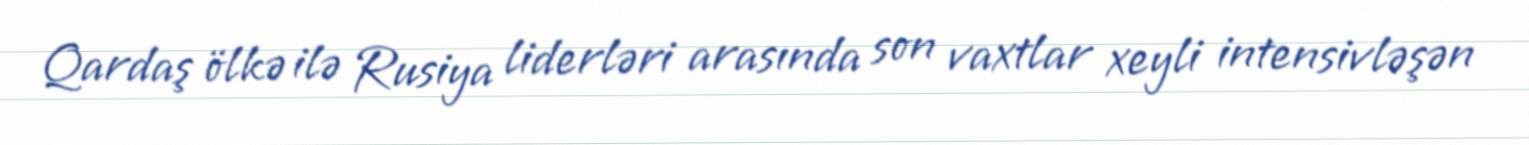
Qardaş ölkə ilə Rusiya liderləri arasında son vaxtlar xeyli intensivləşən